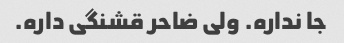
جا نداره. ولی ضاحر قشنگی داره.